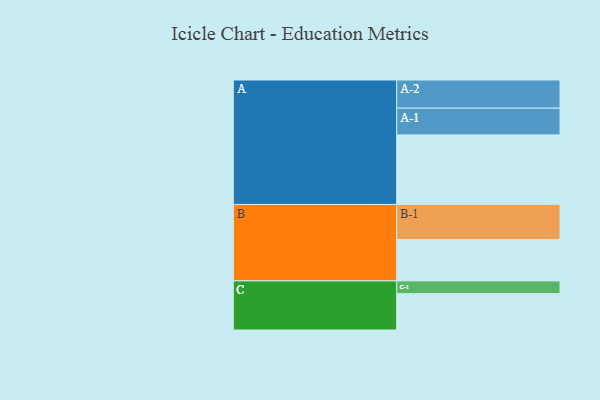
{"axis": {"x": "Segment", "y": "Value"}, "legend": ["", "A", "B", "C"], "data": [{"x": "A", "y": 578, "type": ""}, {"x": "B", "y": 343, "type": ""}, {"x": "C", "y": 302, "type": ""}, {"x": "A-1", "y": 222, "type": "A"}, {"x": "A-2", "y": 234, "type": "A"}, {"x": "B-1", "y": 292, "type": "B"}, {"x": "C-1", "y": 106, "type": "C"}]}